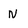
Character: N